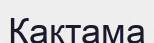
Қақтама